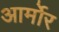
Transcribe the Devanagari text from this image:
आर्मोर